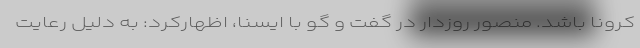
کرونا باشد. منصور روزدار در گفت و گو با ایسنا، اظهارکرد: به دلیل رعایت